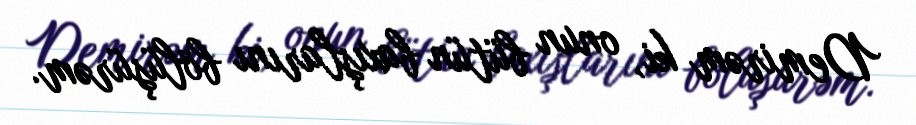
Demirəm ki, onun bütün baxışlarını bölüşürəm.